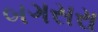
બગસરા